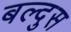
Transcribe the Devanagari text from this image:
बल्दुस